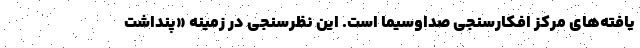
یافته‌های مرکز افکارسنجی صداوسیما است. این نظرسنجی در زمینه «پنداشت